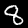
Label: 8